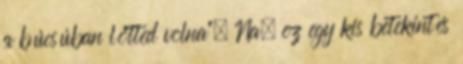
a búcsúban lőtted volna". Na, ez egy kis betekintés